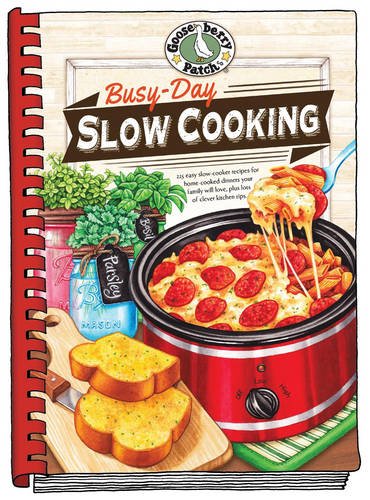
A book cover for Busy-Day Slow Cooking Cookbook (Everyday Cookbook Collection); Gooseberry Patch; Cookbooks, Food & Wine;